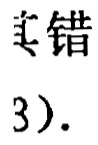
美错
3).